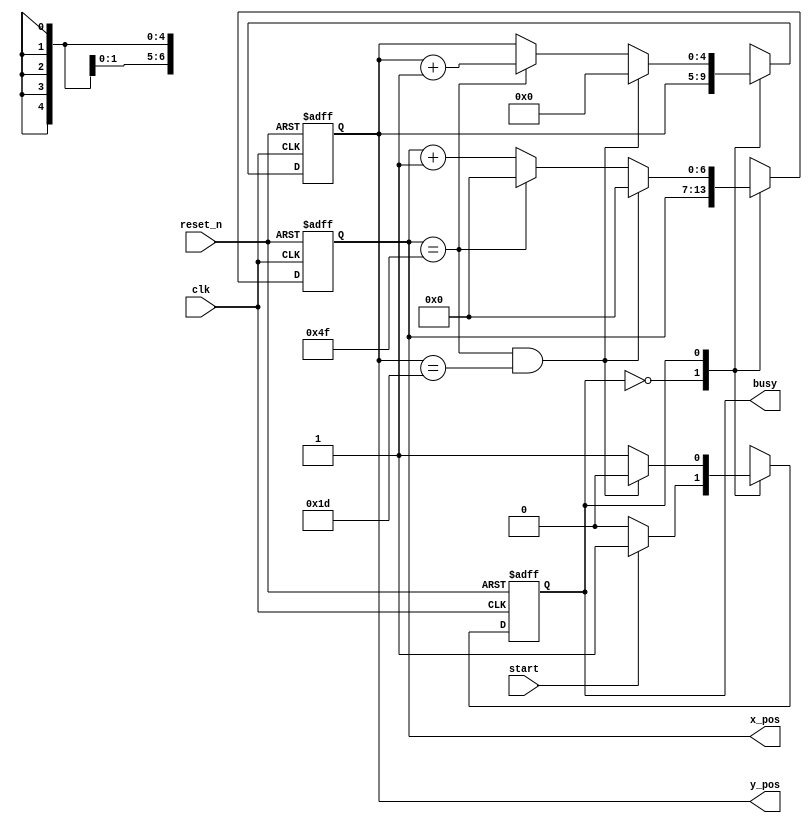
module clean_disp(
input clk,
input reset_n,
input start,
output [6:0] x_pos,
output [4:0] y_pos,
output busy
);

parameter IDLE = 1'b0;
parameter BUSY = 1'b1;

parameter MAX_X = 80;
parameter MAX_Y = 30;

reg [6:0] cur_x_reg;
reg [4:0] cur_y_reg;

reg [6:0] cur_x_nxt;
reg [4:0] cur_y_nxt;

reg current_state;
reg next_state;

always@(posedge clk or negedge reset_n) begin

 if(!reset_n) begin
 cur_x_reg <= 0;
 cur_y_reg <= 0;
 current_state <= IDLE;
 end
 
 else begin
 cur_x_reg <= cur_x_nxt;
 cur_y_reg <= cur_y_nxt;
 current_state <= next_state;
 end

end

always@(*) begin

cur_x_nxt = cur_x_reg;
cur_y_nxt = cur_y_reg;
next_state = current_state;

case(current_state) 

 IDLE: begin
 if(start) next_state = BUSY;
 
 else next_state = current_state;
 
 
 end
 
 BUSY: begin
 if((cur_x_reg==MAX_X-1)&&(cur_y_reg==MAX_Y-1)) begin
 next_state = IDLE;
 cur_x_nxt = 0;
 cur_y_nxt = 0;
 end
 
 else begin
 
 if(cur_x_reg==MAX_X-1) begin
 cur_x_nxt = 0;
 cur_y_nxt = cur_y_reg + 1;
 end
 
 else cur_x_nxt = cur_x_reg + 1;
   
 next_state = BUSY;
 end
 
 
 end


endcase



end


assign busy = current_state;
assign x_pos = cur_x_reg;
assign y_pos = cur_y_reg;

endmodule